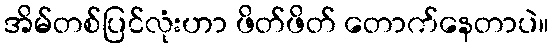
အိမ်တစ်ပြင်လုံးဟာ ဖိတ်ဖိတ် တောက်နေတာပဲ။